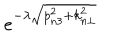
LaTeX: e ^ { - \lambda \sqrt { p _ { n 3 } ^ { 2 } + k _ { n \bot } ^ { 2 } } }